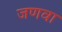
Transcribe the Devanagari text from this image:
जणवा